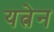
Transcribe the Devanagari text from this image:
यत्नेन